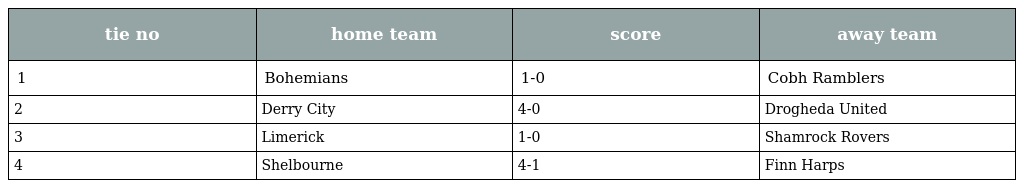
| tie no | home team | score | away team |
 | --- | --- | --- | --- |
 | 1 | Bohemians | 1-0 | Cobh Ramblers |
 | 2 | Derry City | 4-0 | Drogheda United |
 | 3 | Limerick | 1-0 | Shamrock Rovers |
 | 4 | Shelbourne | 4-1 | Finn Harps |